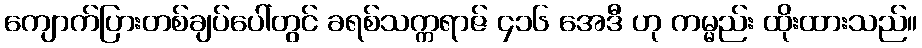
ကျောက်ပြားတစ်ချပ်ပေါ်တွင် ခရစ်သက္ကရာဇ် ၄၁၆ အေဒီ ဟု ကမ္မည်း ထိုးထားသည်။